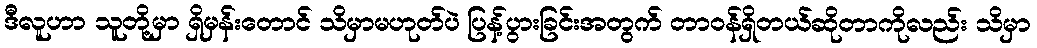
ဒီလူဟာ သူတို့မှာ ရှိမှန်းတောင် သိမှာမဟုတ်ပဲ ပြန့်ပွားခြင်းအတွက် တာဝန်ရှိတယ်ဆိုတာကိုလည်း သိမှာ